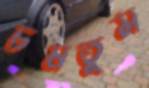
চষতুম